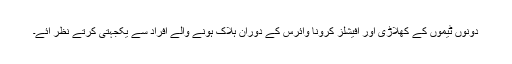
دونوں ٹیموں کے کھلاڑی اور آفیشلز کرونا وائرس کے دوران ہلاک ہونے والے افراد سے یکجہتی کرتے نظر آئے۔